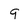
Character: 9